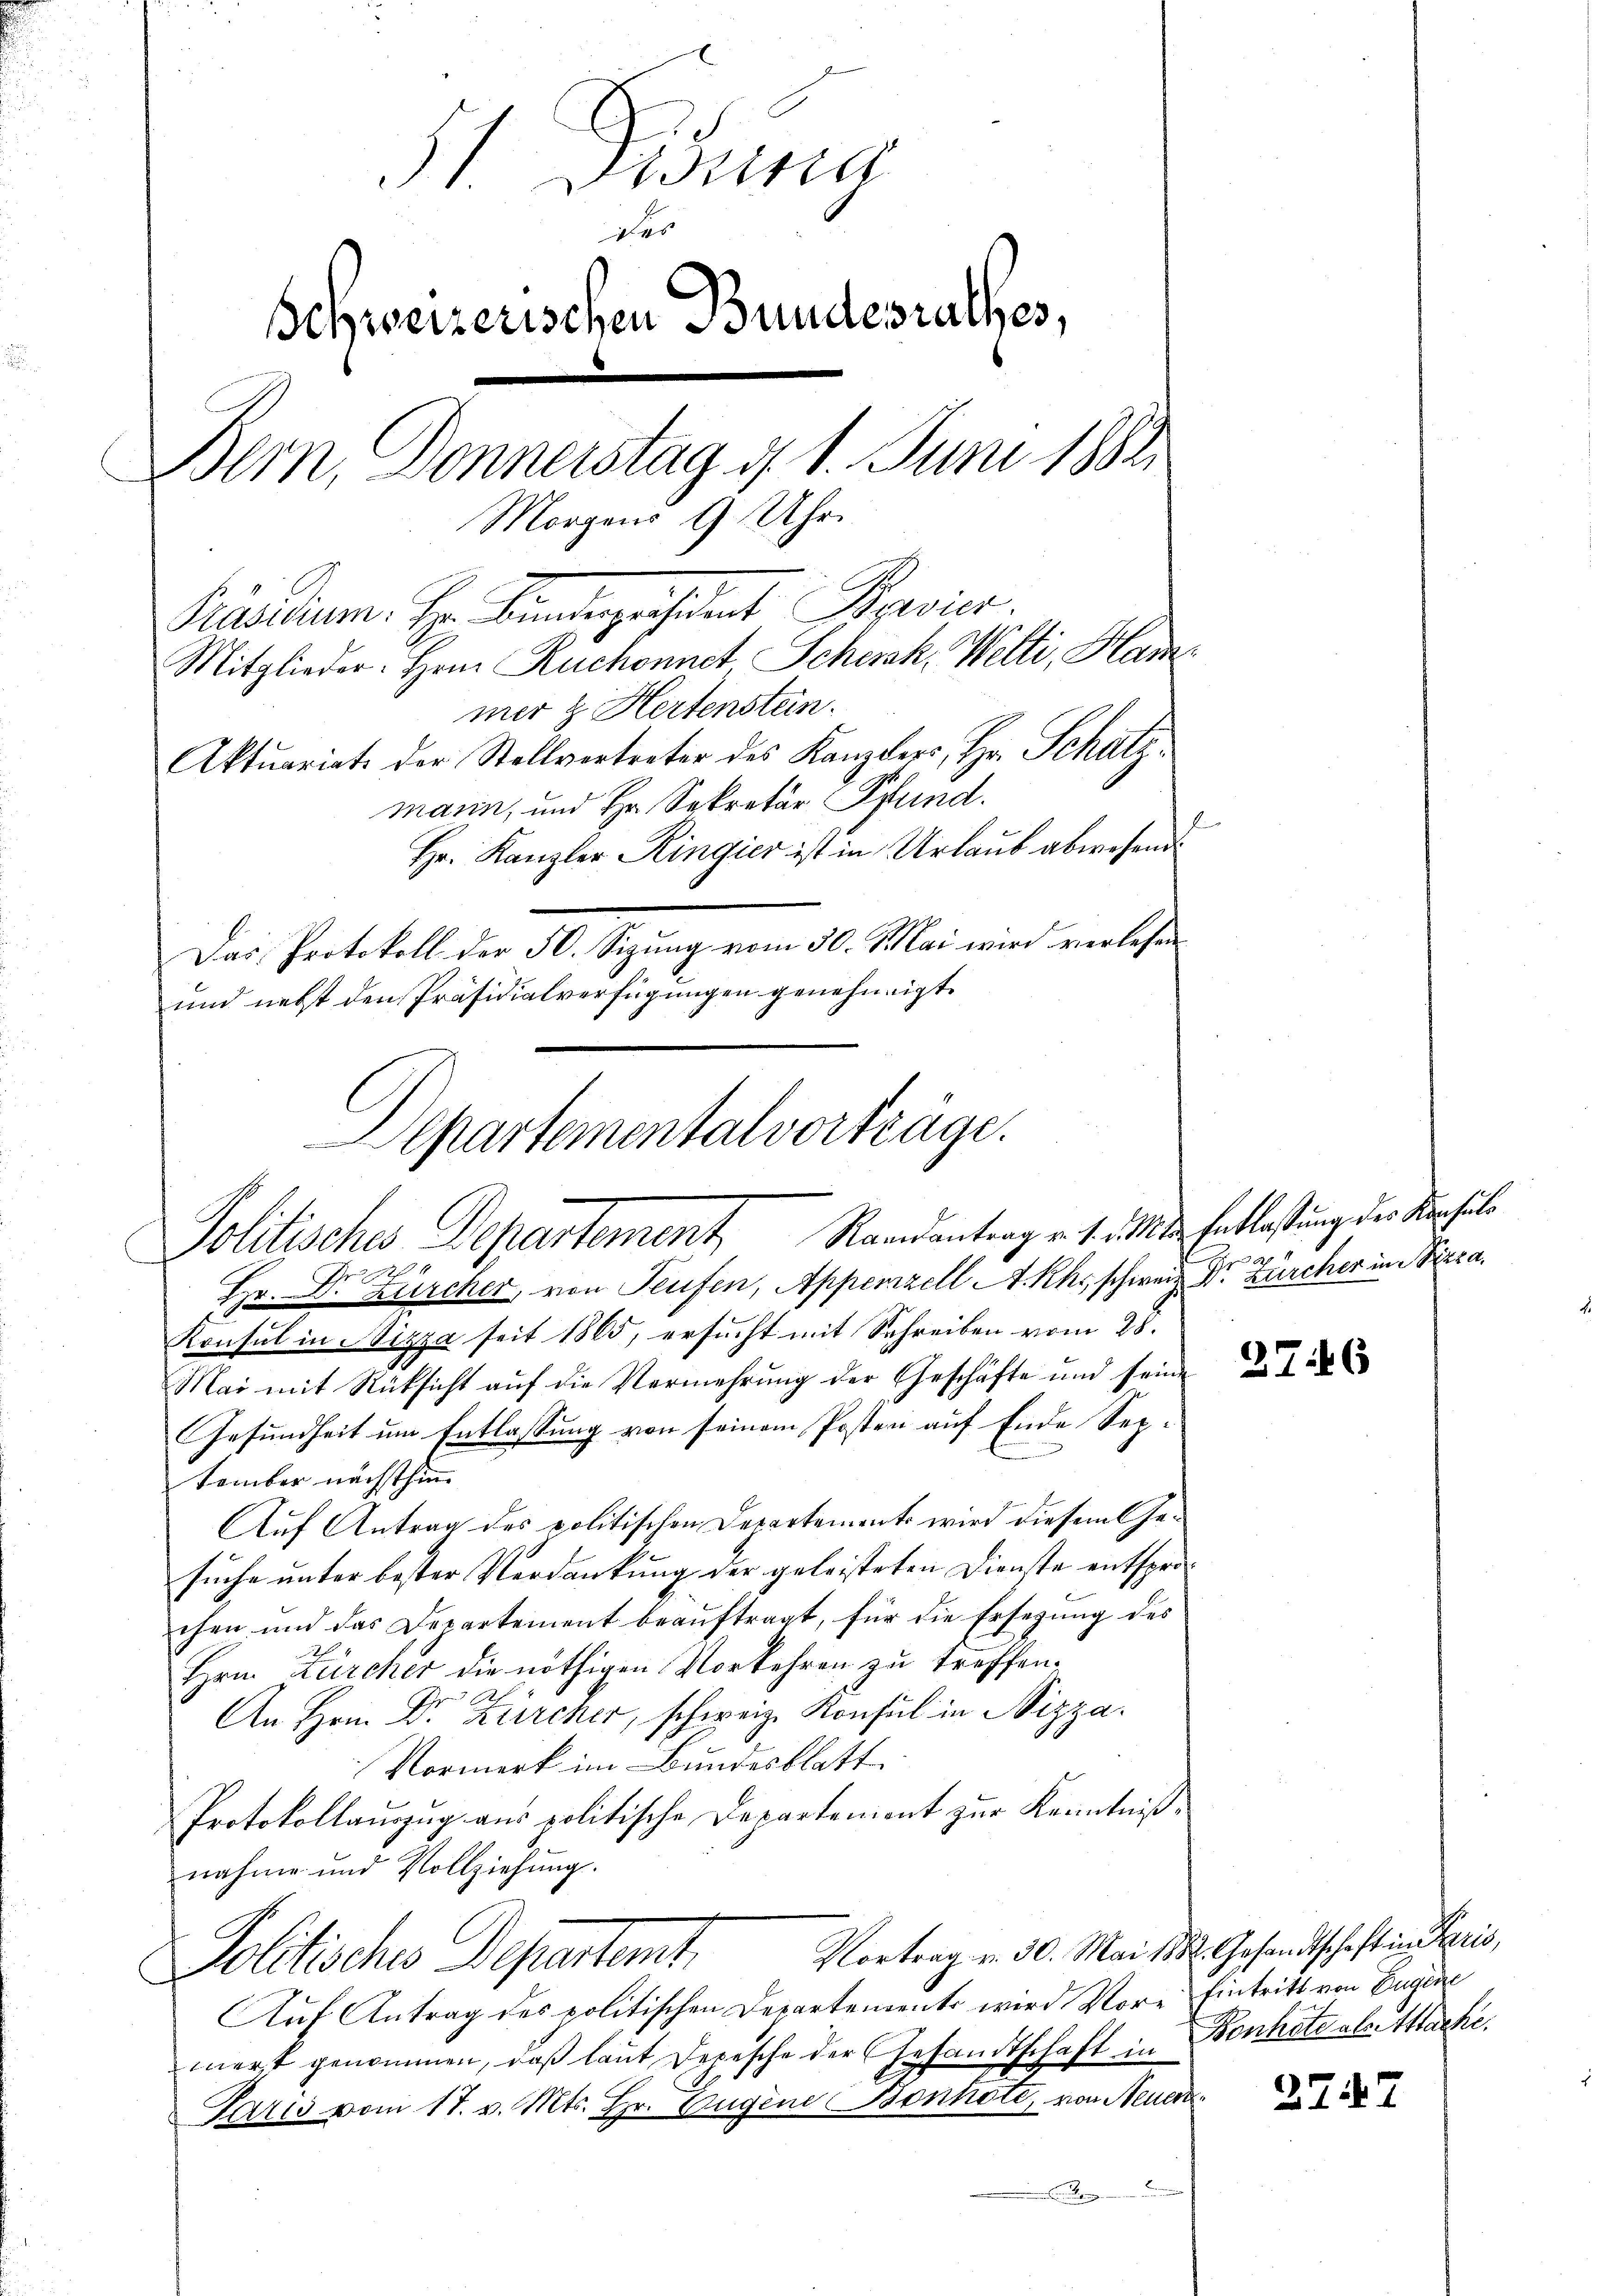
31 Biirg
Schweizerischen Bundesrathes,
Bern, Donnerstag d. 1. Juni 1882.
Morgens 9 Uhr.
Präsidium. Hr. Findepräsident Brevier
Mitglieder. Hrn. Ruchonnet Schenk, Welti, Ham
mer & Hertenstein.
Aktuariat der Stellvertreter des Kanzlers, Hr. Schatzmann, und Hr. Sekretär Pfund
Hr. Kanzler Ringier ist in Urlaub abwesend
Das Protokoll der 50. Sizung vom 30. Mai wird verlesen
und nebst den Präsidialverfügungen genehmigt.

Konsul in Nizza seit 1865, ersucht mit Schreiben vom 28.
Mai mit Rücksicht auf die Vermehrung der Geschäfte und seine
Gesundheit um Entlassung von seinem Posten auf Ende September nächsthin
Auf Antrag des politischen Departements wird diesem Gesuche unter bester Verdankung der geleisteten Dienste entsprechen und das Departement beauftragt, für die Ersetzung des
Hrn. Zürcher die nöthigen Vorkehren zu treffen¬
An Hrn. Dr. Zürcher, schweiz. Konsul in Nizza
Vormerk im Bundesblatt
Protokollauszug aus politische Departement zur Kenntnißnahme und Vollziehung.
Vortrag v. 30. Mai 1882. Gesandtschaft in Paris,
Politisches Departent.
Auf Antrag des politischen Departements wird Vor- Eintritt von Euge
mert genommen, daß laut Depesche der Gesandtschaft in Bonhote aber Mache.
Paris vom 17. v. Mts. Hr. Eugene Bonhole, von Neuer
n
g

Departementalvorträge.
Politisches Departement Randantrag v. 1. die Entlastung der Verhäl
4
Hr. Dr. Zürcher, von Teufen, Appenzell A.Rh., schweiz. Dr. Zürcher in Nizza

276

2747